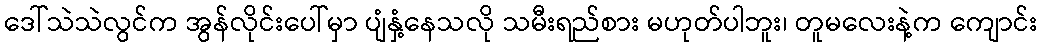
ဒေါ်သဲသဲလွင်က အွန်လိုင်းပေါ်မှာ ပျံနှံ့နေသလို သမီးရည်စား မဟုတ်ပါဘူး၊ တူမလေးနဲ့က ကျောင်း